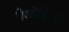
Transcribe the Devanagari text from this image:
वैओहिकी